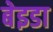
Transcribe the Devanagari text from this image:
बेइडा